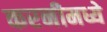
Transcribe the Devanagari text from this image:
करनीमध्ये